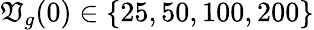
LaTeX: \mathfrak{V}_{g}(0)\in\{ 25,50,100,200\}